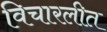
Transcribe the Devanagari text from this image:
विचारलीत